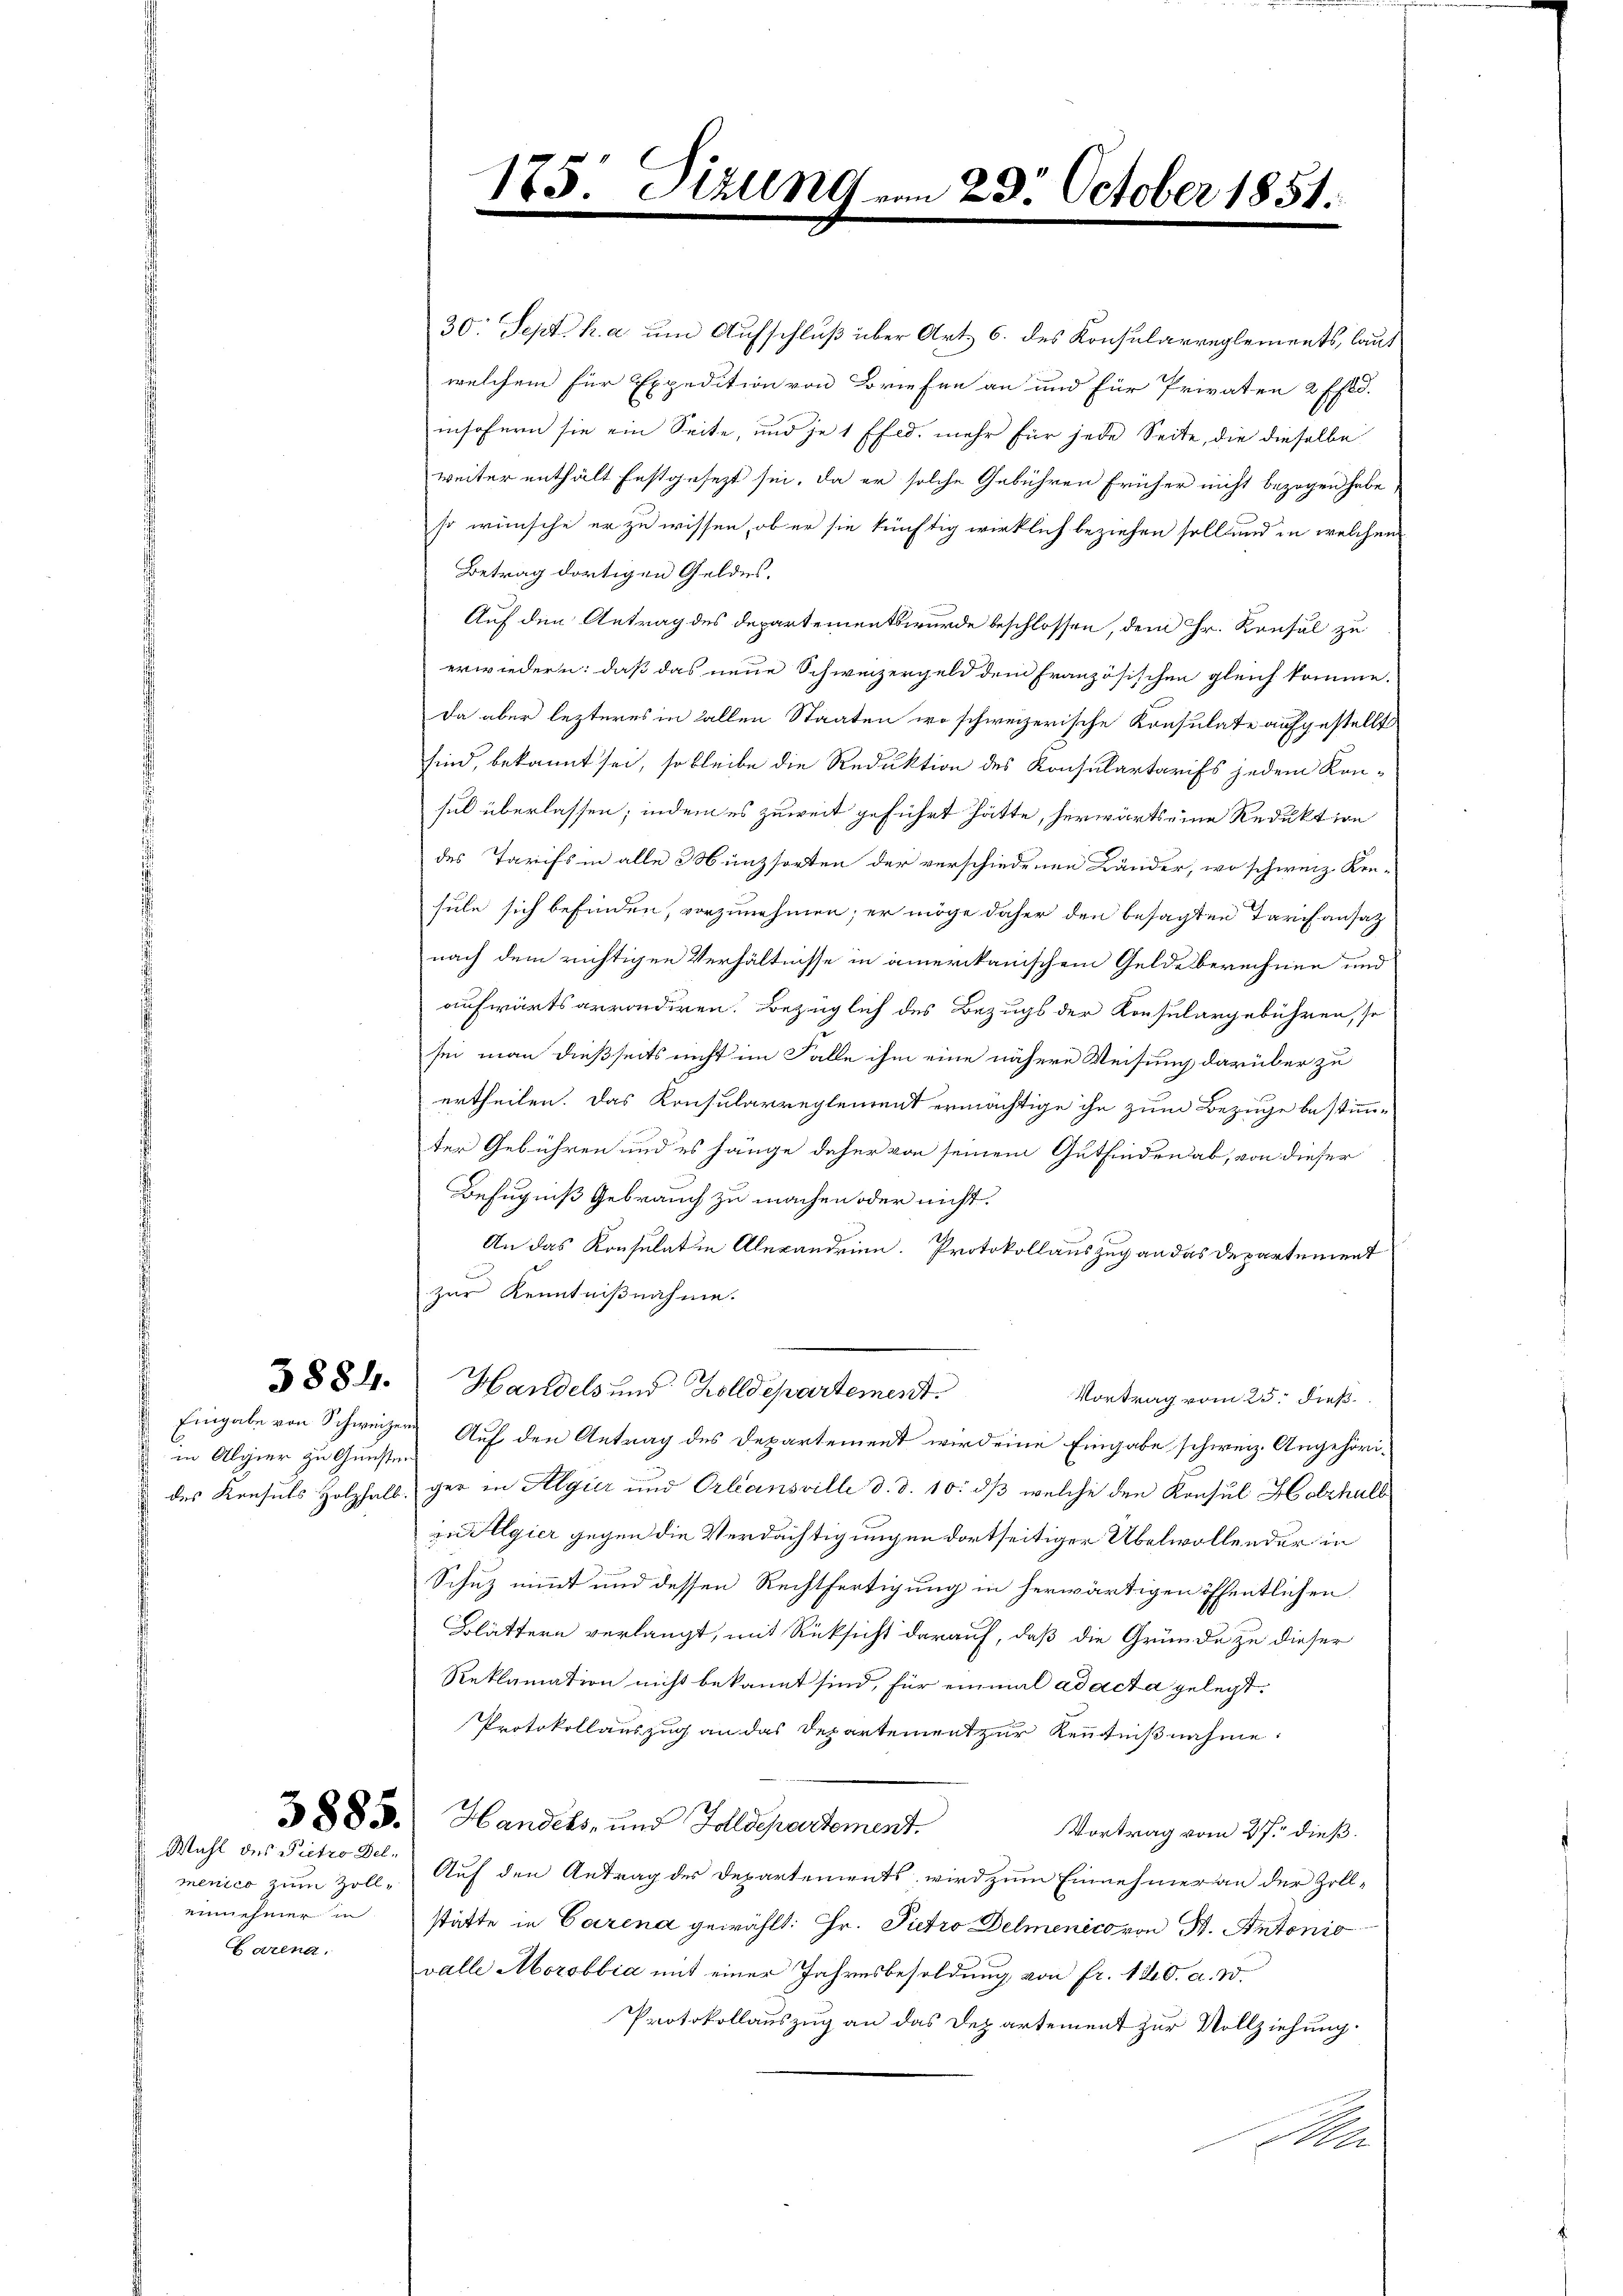
in Algier zu Gunstens

Wahl des Pietro Del¬
Farina.

1

75: Sizung

30. Sept. h. a um Aufschluß über Art. 6. des Konsularreglements, laut
welchem für Expedition von Briefen an und für Privaten 2 ffld.
insofern sie ein Seite, und je 1 ffed. mehr für jede Seite, die dieselbe
weiter enthält festgesezt sei. Da er solche Gebühren früher nicht bezogen habe
so wünsche er zu wissen, ob er sie künftig wirklich beziehen soll und in welchen
Betrag dortigen Geldes.
Auf den Antrag des Departements wurde beschlossen, dem Hr. Konsul zu
erwiedern: daß das neue Schweizergeld dem französischen gleich komme.
da aber lezteres in allen Staaten wo schweizerische Konsulate aufgestellt
sind, bekannt sei, so bleibe die Reduktion des Konsulartarifs jedem Konsul überlassen; indem es zuweit geführt hätte, herwärts eine Reduktion
des Tarifs in alle Münzsorten der verschiedenen Länder, wo schweiz. Kon-
sule sich befinden, vorzunehmen; er möge daher den besagten Tarchansatz
nach dem richtigen Verhältnisse in amerikanischem Gelde berechnen und
aufwärts arrondiren. Bezüglich des Bezugs der Konsulargebühren, so
sei man dießseits nicht im Falle ihm eine nähere Weisung darüber zu
ertheilen. Das Konsularreglement ermächtige ihn zum Bezuge bestimmter Gebühren und es hänge daher von seinem Gutfinden ab, von dieser
Befugniß Gebrauch zu machen oder nicht.
An das Konsulatin Alexandrien. Protokollauszug an das Departement
zur Kenntnißnahme.
3884. Handels und Zolldepartement.
Vortrag vom 25. dieß
Eingabe von Schweizer Auf den Antrag des Departement wird eine Eingabe schweiz. Angehörides Konsuls Holzhalb ger in Algier und Orleansville d. d. 10. dß welche den Konsul Holzhalb
in Algier gegen die Verdächtigungen dortseitiger Übelwollender in
Schuz nimmt und dessen Rechtfertigung in herwärtigen öffentlichen
Blättern verlangt, mit Rücksicht darauf, daß die Gründe zu dieser
Reklamation nicht bekannt sind, für einmal ad acta gelegt.
Protokollauszug an das Departement zur Kenntnißnahme.
§§ 83. Handels- und Zolldepartement.
Vortrag vom 27. dieß.
menico zum Zoll- Auf den Antrag des Departements, wird zum Einnehmer an der Zolleinnehmer in stätte in Carena gewählt: Hr. Pietro Delmenico von St. Antonio
valle Morobbia mit einer Jahresbesoldung von fr. 120. a. W.
Protokollauszug an das Departement zur Vollziehung
A

23. October 1851.